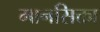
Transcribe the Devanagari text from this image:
मानसिक्ता